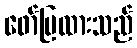
ဖော်ပြထားသည်